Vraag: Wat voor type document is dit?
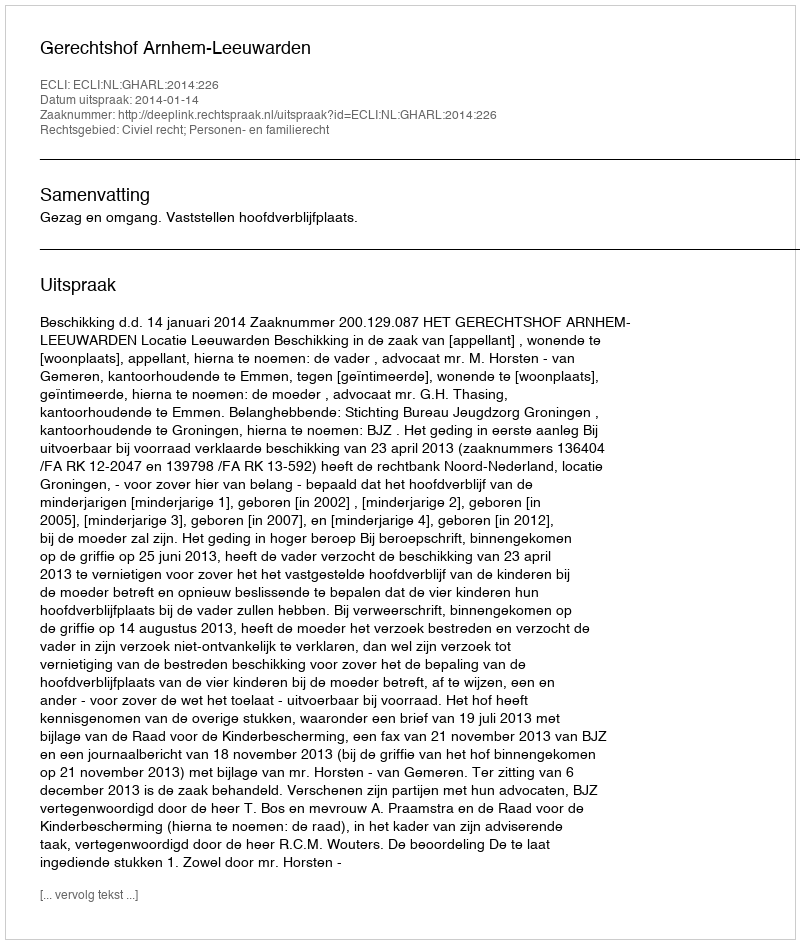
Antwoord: Uitspraak